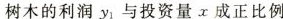
树木的利润y_{1}与投资量x成正比例